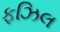
ફઝિલ